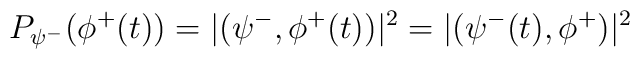
P_{\psi^-} (\phi^+(t)) = |(\psi^-, \phi^+(t))|^2 =	|(\psi^-(t),\phi^+)|^2